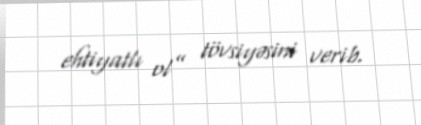
ehtiyatlı ol” tövsiyəsini verib.